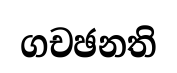
ගචඡනති